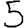
Digit: 5